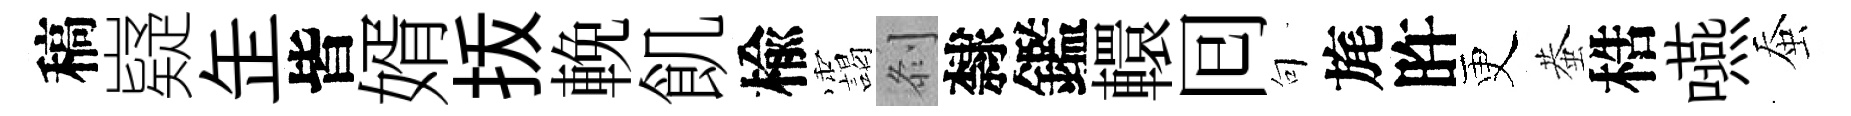
稿嶷𦈢皆婿㧞輓飢楡靄𠛴隸鑑轘囘句旄旿更蛬梏嚥蚕